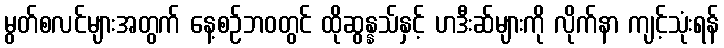
မွတ်စလင်များအတွက် နေ့စဉ်ဘဝတွင် ထိုဆွန္နသ်နှင့် ဟဒီးဆ်များကို လိုက်နာ ကျင့်သုံးရန်